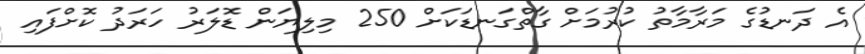
އެ ދަނޑުގެ މަރާމާތު ކުރުމަށް ގާތްގަނޑަކަށް 250 މިލިޔަން ޑޮލަރު ހަރަދު ކޮށްފައި